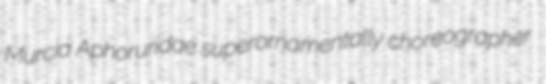
Murcia Aphoruridae superornamentally choreographer